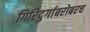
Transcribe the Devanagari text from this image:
गिरिदुर्गाबरोबरच